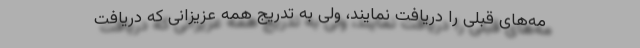
مه‌های قبلی را دریافت نمایند، ولی به تدریج همه عزیزانی که دریافت